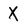
Character: X